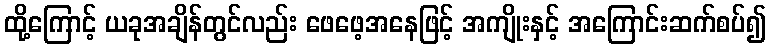
ထို့ကြောင့် ယခုအချိန်တွင်လည်း ဖေဖေ့အနေဖြင့် အကျိုးနှင့် အကြောင်းဆက်စပ်၍